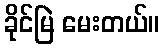
ခိုင်မြဲ မေးတယ်။